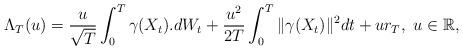
LaTeX: \begin{align*}\Lambda_T(u) = \frac{u}{\sqrt{T}} \int_0^T \gamma(X_t).dW_t + \frac{u^2}{2T}\int_0^T \|\gamma(X_t)\|^2 dt + ur_T,~u \in \mathbb R,\end{align*}